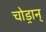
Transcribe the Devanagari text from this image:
चोड्रान्‌